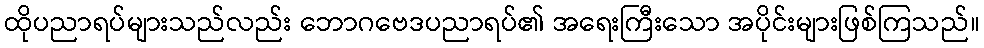
ထိုပညာရပ်များသည်လည်း ဘောဂဗေဒပညာရပ်၏ အရေးကြီးသော အပိုင်းများဖြစ်ကြသည်။